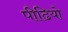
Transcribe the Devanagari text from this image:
पीढियो